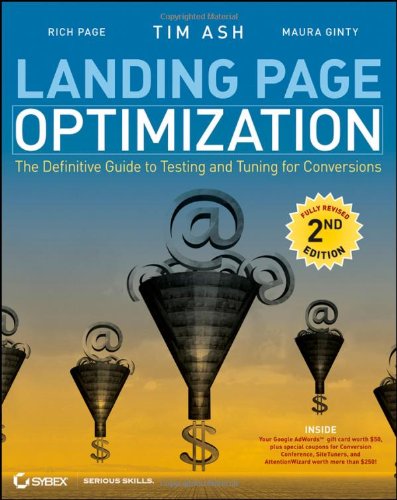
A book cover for Landing Page Optimization: The Definitive Guide to Testing and Tuning for Conversions; Tim Ash; Computers & Technology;